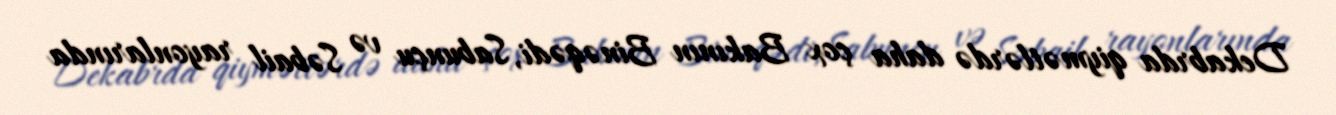
Dekabrda qiymətlərdə daha çox Bakının Binəqədi, Sabunçu və Səbail rayonlarında